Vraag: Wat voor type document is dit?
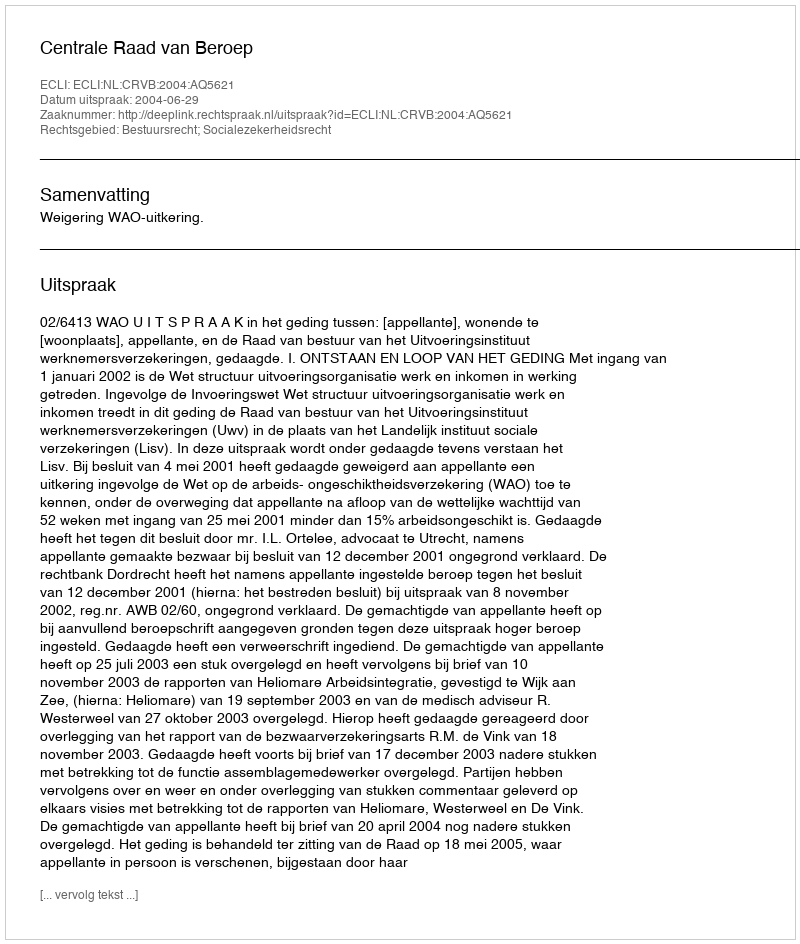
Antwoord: Uitspraak